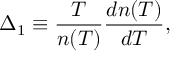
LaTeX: \Delta _ { 1 } \equiv \frac { T } { n ( T ) } \frac { d n ( T ) } { d T } ,